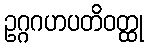
ဥဂ္ဂဂဟပတိဝတ္ထု